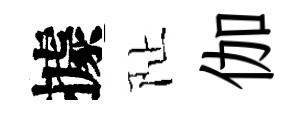
據阯伽